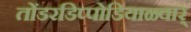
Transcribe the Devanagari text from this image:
तोंडरडिप्पोडियाळ्वार्